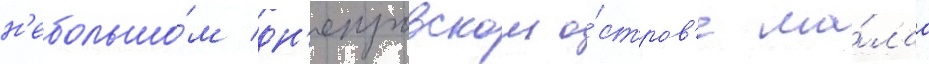
н'ебольшо́м дн'епровском о́стров'е ма́лаа